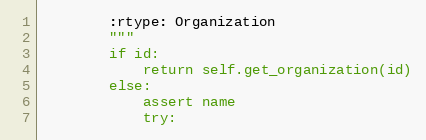
Language: Python
        :rtype: Organization
        """
        if id:
            return self.get_organization(id)
        else:
            assert name
            try: